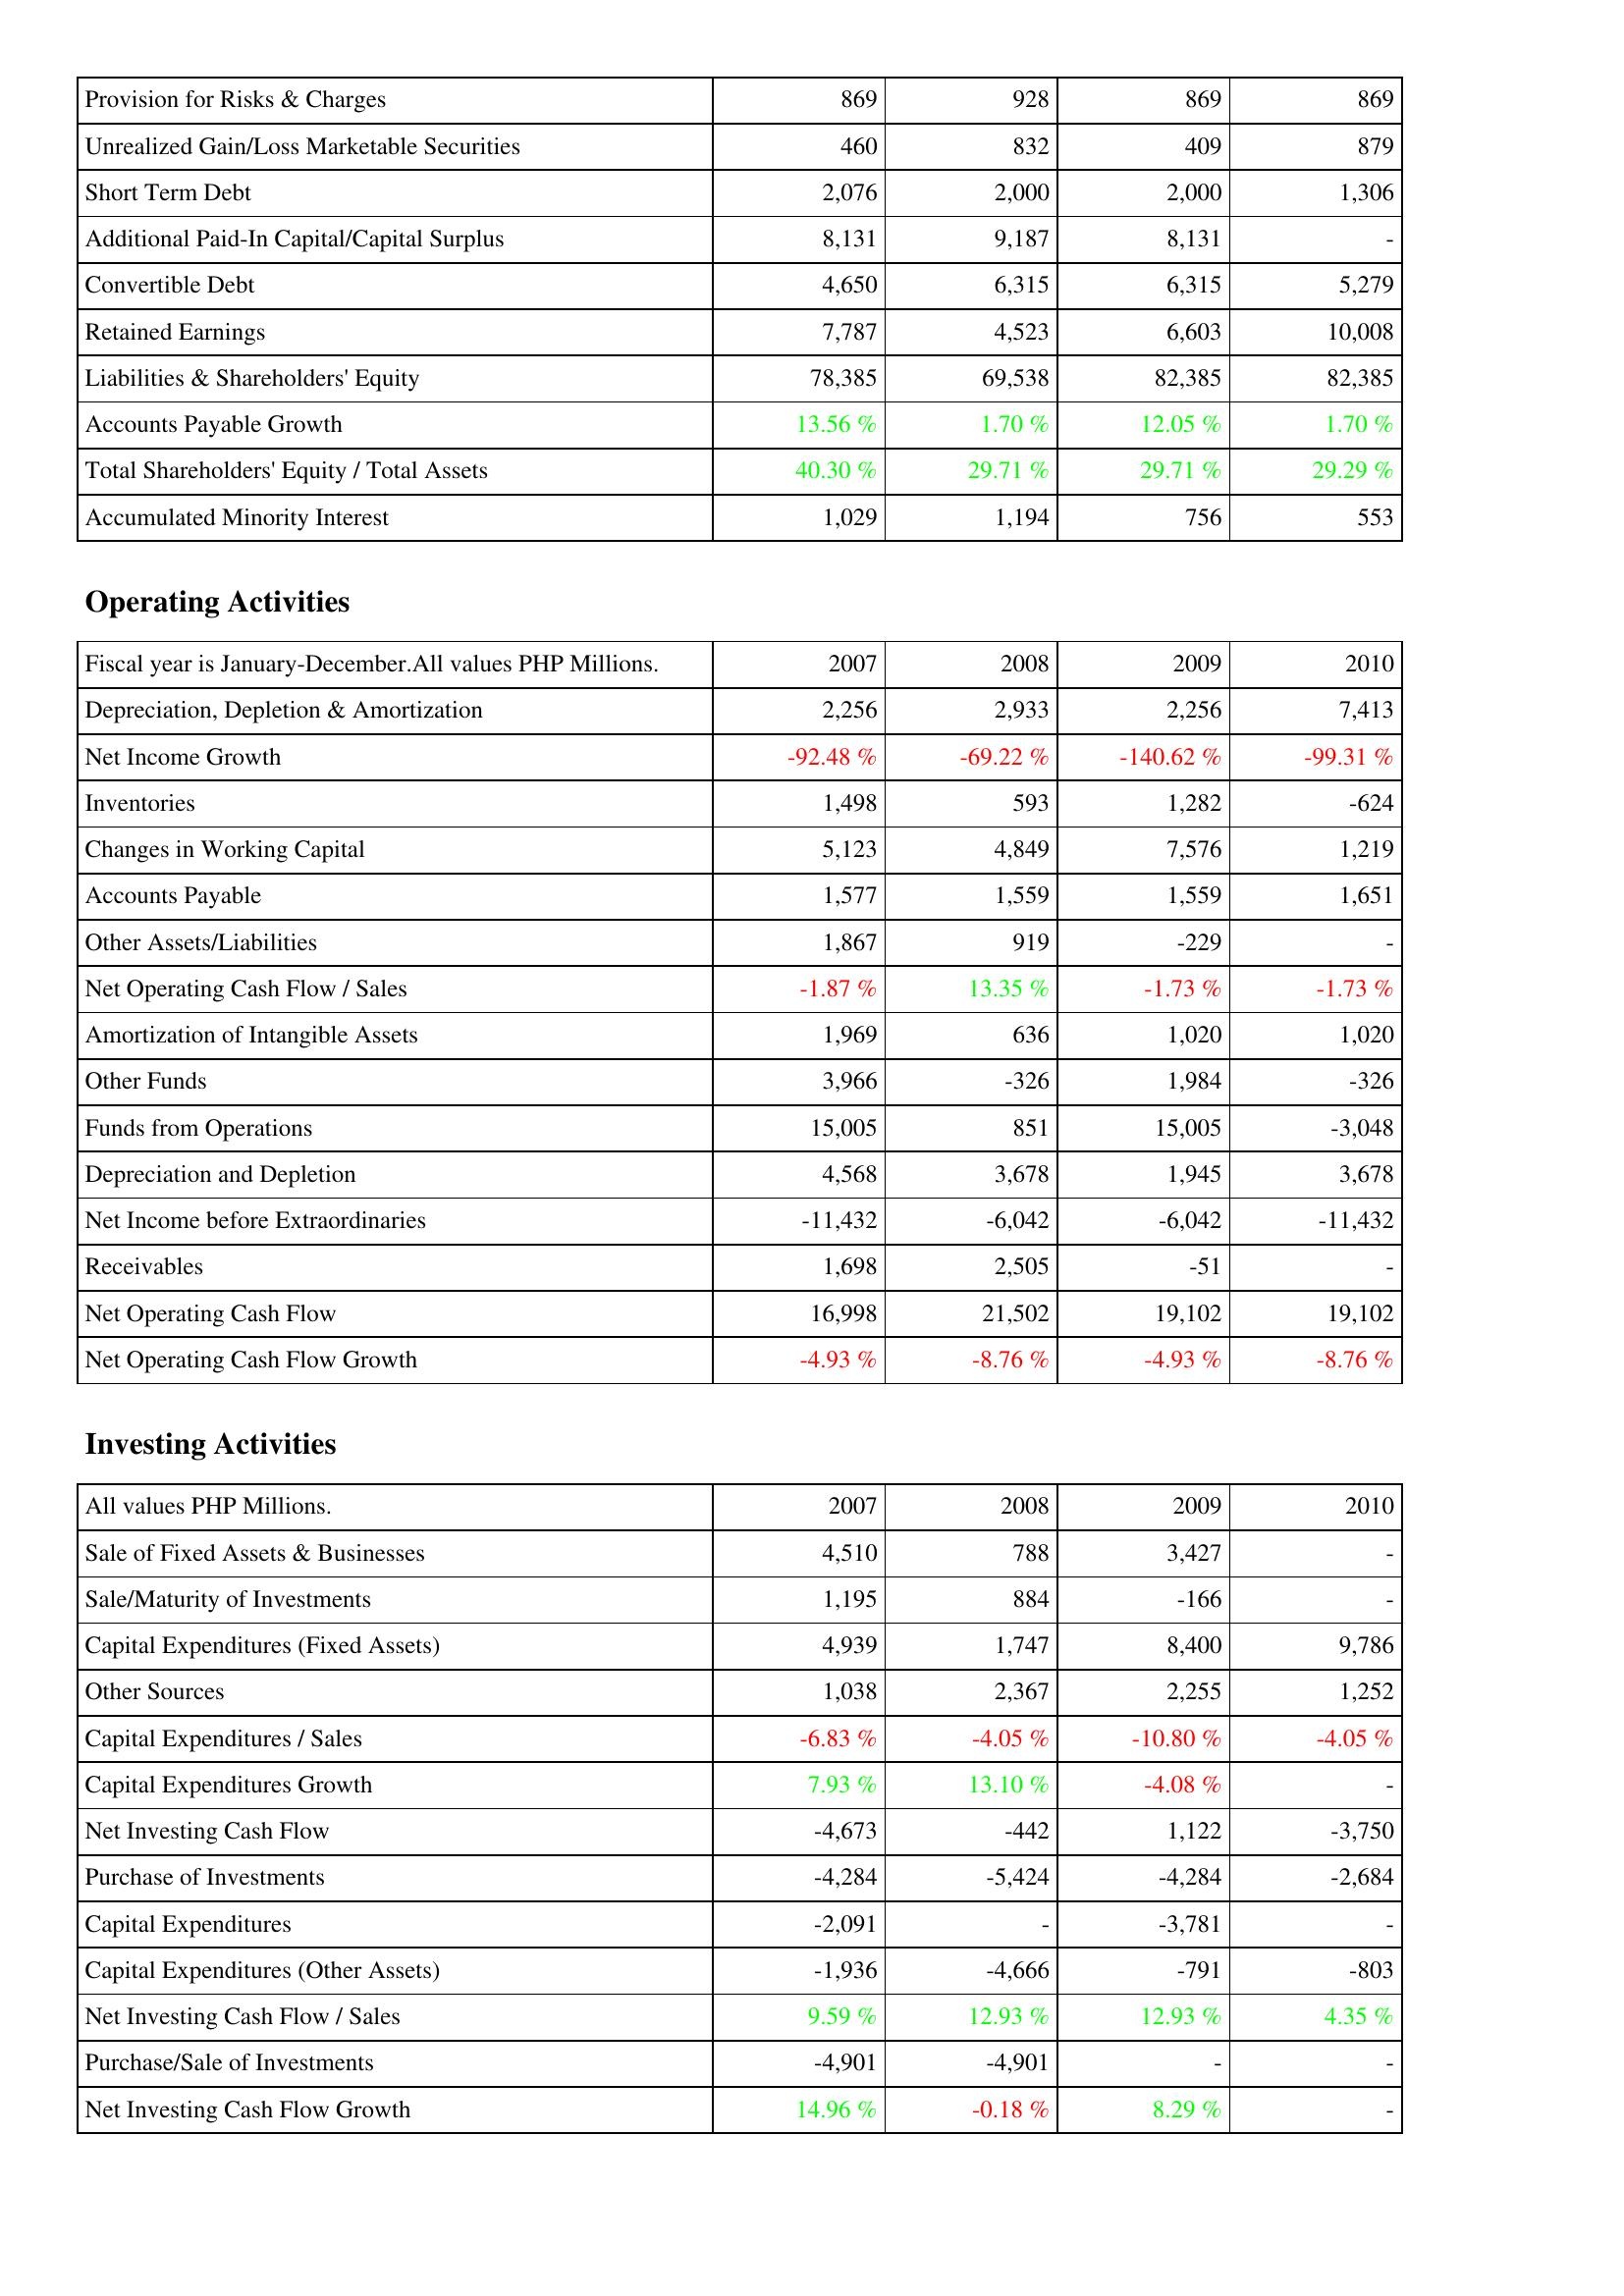
2007: Liabilities & Shareholders' Equity: Provision for Risks & Charges: 869
Unrealized Gain/Loss Marketable Securities: 460
Short Term Debt: 2,076
Additional Paid-In Capital/Capital Surplus: 8,131
Convertible Debt: 4,650
Retained Earnings: 7,787
Liabilities & Shareholders' Equity: 78,385
Accounts Payable Growth: 13.56 %
Total Shareholders' Equity / Total Assets: 40.30 %
Accumulated Minority Interest: 1,029
Operating Activities: Depreciation, Depletion & Amortization: 2,256
Net Income Growth: -92.48 %
Inventories: 1,498
Changes in Working Capital: 5,123
Accounts Payable: 1,577
Other Assets/Liabilities: 1,867
Net Operating Cash Flow / Sales: -1.87 %
Amortization of Intangible Assets: 1,969
Other Funds: 3,966
Funds from Operations: 15,005
Depreciation and Depletion: 4,568
Net Income before Extraordinaries: -11,432
Receivables: 1,698
Net Operating Cash Flow: 16,998
Net Operating Cash Flow Growth: -4.93 %
Investing Activities: Sale of Fixed Assets & Businesses: 4,510
Sale/Maturity of Investments: 1,195
Capital Expenditures (Fixed Assets): 4,939
Other Sources: 1,038
Capital Expenditures / Sales: -6.83 %
Capital Expenditures Growth: 7.93 %
Net Investing Cash Flow: -4,673
Purchase of Investments: -4,284
Capital Expenditures: -2,091
Capital Expenditures (Other Assets): -1,936
Net Investing Cash Flow / Sales: 9.59 %
Purchase/Sale of Investments: -4,901
Net Investing Cash Flow Growth: 14.96 %
2008: Liabilities & Shareholders' Equity: Provision for Risks & Charges: 928
Unrealized Gain/Loss Marketable Securities: 832
Short Term Debt: 2,000
Additional Paid-In Capital/Capital Surplus: 9,187
Convertible Debt: 6,315
Retained Earnings: 4,523
Liabilities & Shareholders' Equity: 69,538
Accounts Payable Growth: 1.70 %
Total Shareholders' Equity / Total Assets: 29.71 %
Accumulated Minority Interest: 1,194
Operating Activities: Depreciation, Depletion & Amortization: 2,933
Net Income Growth: -69.22 %
Inventories: 593
Changes in Working Capital: 4,849
Accounts Payable: 1,559
Other Assets/Liabilities: 919
Net Operating Cash Flow / Sales: 13.35 %
Amortization of Intangible Assets: 636
Other Funds: -326
Funds from Operations: 851
Depreciation and Depletion: 3,678
Net Income before Extraordinaries: -6,042
Receivables: 2,505
Net Operating Cash Flow: 21,502
Net Operating Cash Flow Growth: -8.76 %
Investing Activities: Sale of Fixed Assets & Businesses: 788
Sale/Maturity of Investments: 884
Capital Expenditures (Fixed Assets): 1,747
Other Sources: 2,367
Capital Expenditures / Sales: -4.05 %
Capital Expenditures Growth: 13.10 %
Net Investing Cash Flow: -442
Purchase of Investments: -5,424
Capital Expenditures: -
Capital Expenditures (Other Assets): -4,666
Net Investing Cash Flow / Sales: 12.93 %
Purchase/Sale of Investments: -4,901
Net Investing Cash Flow Growth: -0.18 %
2009: Liabilities & Shareholders' Equity: Provision for Risks & Charges: 869
Unrealized Gain/Loss Marketable Securities: 409
Short Term Debt: 2,000
Additional Paid-In Capital/Capital Surplus: 8,131
Convertible Debt: 6,315
Retained Earnings: 6,603
Liabilities & Shareholders' Equity: 82,385
Accounts Payable Growth: 12.05 %
Total Shareholders' Equity / Total Assets: 29.71 %
Accumulated Minority Interest: 756
Operating Activities: Depreciation, Depletion & Amortization: 2,256
Net Income Growth: -140.62 %
Inventories: 1,282
Changes in Working Capital: 7,576
Accounts Payable: 1,559
Other Assets/Liabilities: -229
Net Operating Cash Flow / Sales: -1.73 %
Amortization of Intangible Assets: 1,020
Other Funds: 1,984
Funds from Operations: 15,005
Depreciation and Depletion: 1,945
Net Income before Extraordinaries: -6,042
Receivables: -51
Net Operating Cash Flow: 19,102
Net Operating Cash Flow Growth: -4.93 %
Investing Activities: Sale of Fixed Assets & Businesses: 3,427
Sale/Maturity of Investments: -166
Capital Expenditures (Fixed Assets): 8,400
Other Sources: 2,255
Capital Expenditures / Sales: -10.80 %
Capital Expenditures Growth: -4.08 %
Net Investing Cash Flow: 1,122
Purchase of Investments: -4,284
Capital Expenditures: -3,781
Capital Expenditures (Other Assets): -791
Net Investing Cash Flow / Sales: 12.93 %
Purchase/Sale of Investments: -
Net Investing Cash Flow Growth: 8.29 %
2010: Liabilities & Shareholders' Equity: Provision for Risks & Charges: 869
Unrealized Gain/Loss Marketable Securities: 879
Short Term Debt: 1,306
Additional Paid-In Capital/Capital Surplus: -
Convertible Debt: 5,279
Retained Earnings: 10,008
Liabilities & Shareholders' Equity: 82,385
Accounts Payable Growth: 1.70 %
Total Shareholders' Equity / Total Assets: 29.29 %
Accumulated Minority Interest: 553
Operating Activities: Depreciation, Depletion & Amortization: 7,413
Net Income Growth: -99.31 %
Inventories: -624
Changes in Working Capital: 1,219
Accounts Payable: 1,651
Other Assets/Liabilities: -
Net Operating Cash Flow / Sales: -1.73 %
Amortization of Intangible Assets: 1,020
Other Funds: -326
Funds from Operations: -3,048
Depreciation and Depletion: 3,678
Net Income before Extraordinaries: -11,432
Receivables: -
Net Operating Cash Flow: 19,102
Net Operating Cash Flow Growth: -8.76 %
Investing Activities: Sale of Fixed Assets & Businesses: -
Sale/Maturity of Investments: -
Capital Expenditures (Fixed Assets): 9,786
Other Sources: 1,252
Capital Expenditures / Sales: -4.05 %
Capital Expenditures Growth: -
Net Investing Cash Flow: -3,750
Purchase of Investments: -2,684
Capital Expenditures: -
Capital Expenditures (Other Assets): -803
Net Investing Cash Flow / Sales: 4.35 %
Purchase/Sale of Investments: -
Net Investing Cash Flow Growth: -